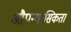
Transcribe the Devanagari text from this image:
औपन्यासिकता